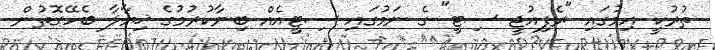
ތުރުކީ އިމުގައި "ރެފިއުޖީ ސިޓީ" ގެ ނަމުގައި ސިޓީއެއް ބިނާކުރުމުގެ ޚިޔާލާ ބެހޭގޮތުން